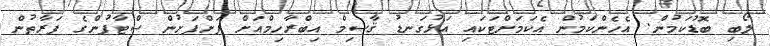
ލޯބި ބޮޑުކަމުން. އެހެންކަމުން އެކަމަށްޓަކައި އަޅުގަނޑު ޤާސިމް އިބްރާހިމްއަށް ފަށްފަށުން ސްޓާފުންގެ ފަރާތުން